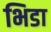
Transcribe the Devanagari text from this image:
भिडा